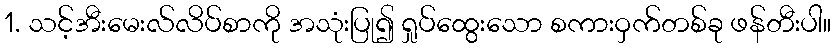
1. သင့်အီးမေးလ်လိပ်စာကို အသုံးပြု၍ ရှုပ်ထွေးသော စကားဝှက်တစ်ခု ဖန်တီးပါ။